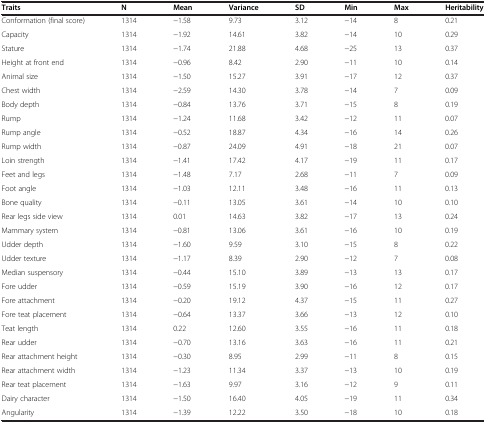
<table><thead><tr><td><b>Traits</b></td><td><b>N</b></td><td><b>Mean</b></td><td><b>Variance</b></td><td><b>SD</b></td><td><b>Min</b></td><td><b>Max</b></td><td><b>Heritability</b></td></tr></thead><tbody><tr><td>Conformation (final score)</td><td>1314</td><td>-1.58</td><td>9.73</td><td>3.12</td><td>-14</td><td>8</td><td>0.21</td></tr><tr><td>Capacity</td><td>1314</td><td>-1.92</td><td>14.61</td><td>3.82</td><td>-14</td><td>10</td><td>0.29</td></tr><tr><td>Stature</td><td>1314</td><td>-1.74</td><td>21.88</td><td>4.68</td><td>-25</td><td>13</td><td>0.37</td></tr><tr><td>Height at front end</td><td>1314</td><td>-0.96</td><td>8.42</td><td>2.90</td><td>-11</td><td>10</td><td>0.14</td></tr><tr><td>Animal size</td><td>1314</td><td>-1.50</td><td>15.27</td><td>3.91</td><td>-17</td><td>12</td><td>0.37</td></tr><tr><td>Chest width</td><td>1314</td><td>-2.59</td><td>14.30</td><td>3.78</td><td>-14</td><td>7</td><td>0.09</td></tr><tr><td>Body depth</td><td>1314</td><td>-0.84</td><td>13.76</td><td>3.71</td><td>-15</td><td>8</td><td>0.19</td></tr><tr><td>Rump</td><td>1314</td><td>-1.24</td><td>11.68</td><td>3.42</td><td>-12</td><td>11</td><td>0.07</td></tr><tr><td>Rump angle</td><td>1314</td><td>-0.52</td><td>18.87</td><td>4.34</td><td>-16</td><td>14</td><td>0.26</td></tr><tr><td>Rump width</td><td>1314</td><td>-0.87</td><td>24.09</td><td>4.91</td><td>-18</td><td>21</td><td>0.07</td></tr><tr><td>Loin strength</td><td>1314</td><td>-1.41</td><td>17.42</td><td>4.17</td><td>-19</td><td>11</td><td>0.17</td></tr><tr><td>Feet and legs</td><td>1314</td><td>-1.48</td><td>7.17</td><td>2.68</td><td>-11</td><td>7</td><td>0.09</td></tr><tr><td>Foot angle</td><td>1314</td><td>-1.03</td><td>12.11</td><td>3.48</td><td>-16</td><td>11</td><td>0.13</td></tr><tr><td>Bone quality</td><td>1314</td><td>-0.11</td><td>13.05</td><td>3.61</td><td>-14</td><td>10</td><td>0.10</td></tr><tr><td>Rear legs side view</td><td>1314</td><td>0.01</td><td>14.63</td><td>3.82</td><td>-17</td><td>13</td><td>0.24</td></tr><tr><td>Mammary system</td><td>1314</td><td>-0.81</td><td>13.06</td><td>3.61</td><td>-16</td><td>10</td><td>0.19</td></tr><tr><td>Udder depth</td><td>1314</td><td>-1.60</td><td>9.59</td><td>3.10</td><td>-15</td><td>8</td><td>0.22</td></tr><tr><td>Udder texture</td><td>1314</td><td>-1.17</td><td>8.39</td><td>2.90</td><td>-12</td><td>7</td><td>0.08</td></tr><tr><td>Median suspensory</td><td>1314</td><td>-0.44</td><td>15.10</td><td>3.89</td><td>-13</td><td>13</td><td>0.17</td></tr><tr><td>Fore udder</td><td>1314</td><td>-0.59</td><td>15.19</td><td>3.90</td><td>-16</td><td>12</td><td>0.17</td></tr><tr><td>Fore attachment</td><td>1314</td><td>-0.20</td><td>19.12</td><td>4.37</td><td>-15</td><td>11</td><td>0.27</td></tr><tr><td>Fore teat placement</td><td>1314</td><td>-0.64</td><td>13.37</td><td>3.66</td><td>-13</td><td>12</td><td>0.10</td></tr><tr><td>Teat length</td><td>1314</td><td>0.22</td><td>12.60</td><td>3.55</td><td>-16</td><td>11</td><td>0.18</td></tr><tr><td>Rear udder</td><td>1314</td><td>-0.70</td><td>13.16</td><td>3.63</td><td>-16</td><td>11</td><td>0.21</td></tr><tr><td>Rear attachment height</td><td>1314</td><td>-0.30</td><td>8.95</td><td>2.99</td><td>-11</td><td>8</td><td>0.15</td></tr><tr><td>Rear attachment width</td><td>1314</td><td>-1.23</td><td>11.34</td><td>3.37</td><td>-13</td><td>10</td><td>0.19</td></tr><tr><td>Rear teat placement</td><td>1314</td><td>-1.63</td><td>9.97</td><td>3.16</td><td>-12</td><td>9</td><td>0.11</td></tr><tr><td>Dairy character</td><td>1314</td><td>-1.50</td><td>16.40</td><td>4.05</td><td>-19</td><td>11</td><td>0.34</td></tr><tr><td>Angularity</td><td>1314</td><td>-1.39</td><td>12.22</td><td>3.50</td><td>-18</td><td>10</td><td>0.18</td></tr></tbody></table>